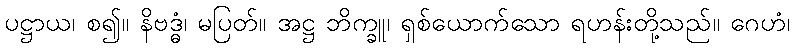
ပဋ္ဌာယ၊ စ၍။ နိဗဒ္ဓံ၊ မပြတ်။ အဋ္ဌ ဘိက္ခူ၊ ရှစ်ယောက်သော ရဟန်းတို့သည်။ ဂေဟံ၊